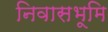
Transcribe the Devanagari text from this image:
निवासभूमि